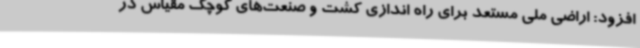
افزود: اراضی ملی مستعد برای راه اندازی کشت و صنعت‌های کوچک مقیاس در